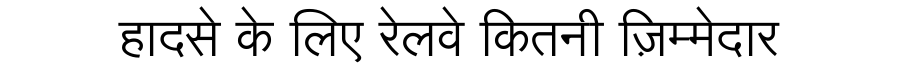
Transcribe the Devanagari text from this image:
हादसे के लिए रेलवे कितनी ज़िम्मेदार